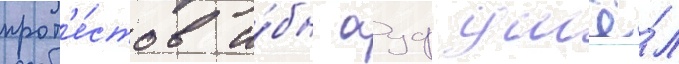
прот'е́стов и́бн ауф ушё́л